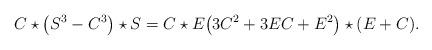
LaTeX: \begin{align*}C \star \big(S^3 - C^3\big) \star S = C\star E\big(3C^2 + 3EC + E^2\big)\star(E+C). \end{align*}